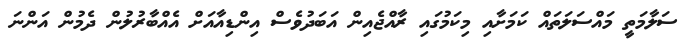
ސަލާމަތީ މައްސަލަތައް ކަމަށާއި މިކަމުގައި ރާއްޖެއިން އަބަދުވެސް އިންޑިއާއަށް އެއްބާރުލުން ދެމުން އަންނަ